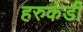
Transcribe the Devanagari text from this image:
हरुकंडी